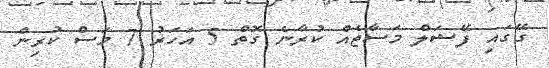
ގޭގައި ފޭޝަލް މަސާޖެއް ކުރާނެ ގޮތް 5 އަހަރު 7 މަސް ކުރިން